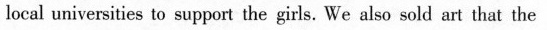
local universities to support the girls. We also sold art that the